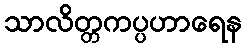
သာလိတ္တကပ္ပဟာရေန